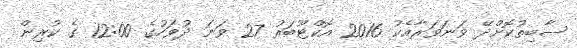
ސާބިތުކޮށްދޭ ވަނަވަރާއެކު 2016 އޮކްޓޫބަރު 27 ވަނަ ދުވަހުގެ 12:00 ގެ ކުރިން